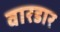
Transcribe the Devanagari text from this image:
वारडार